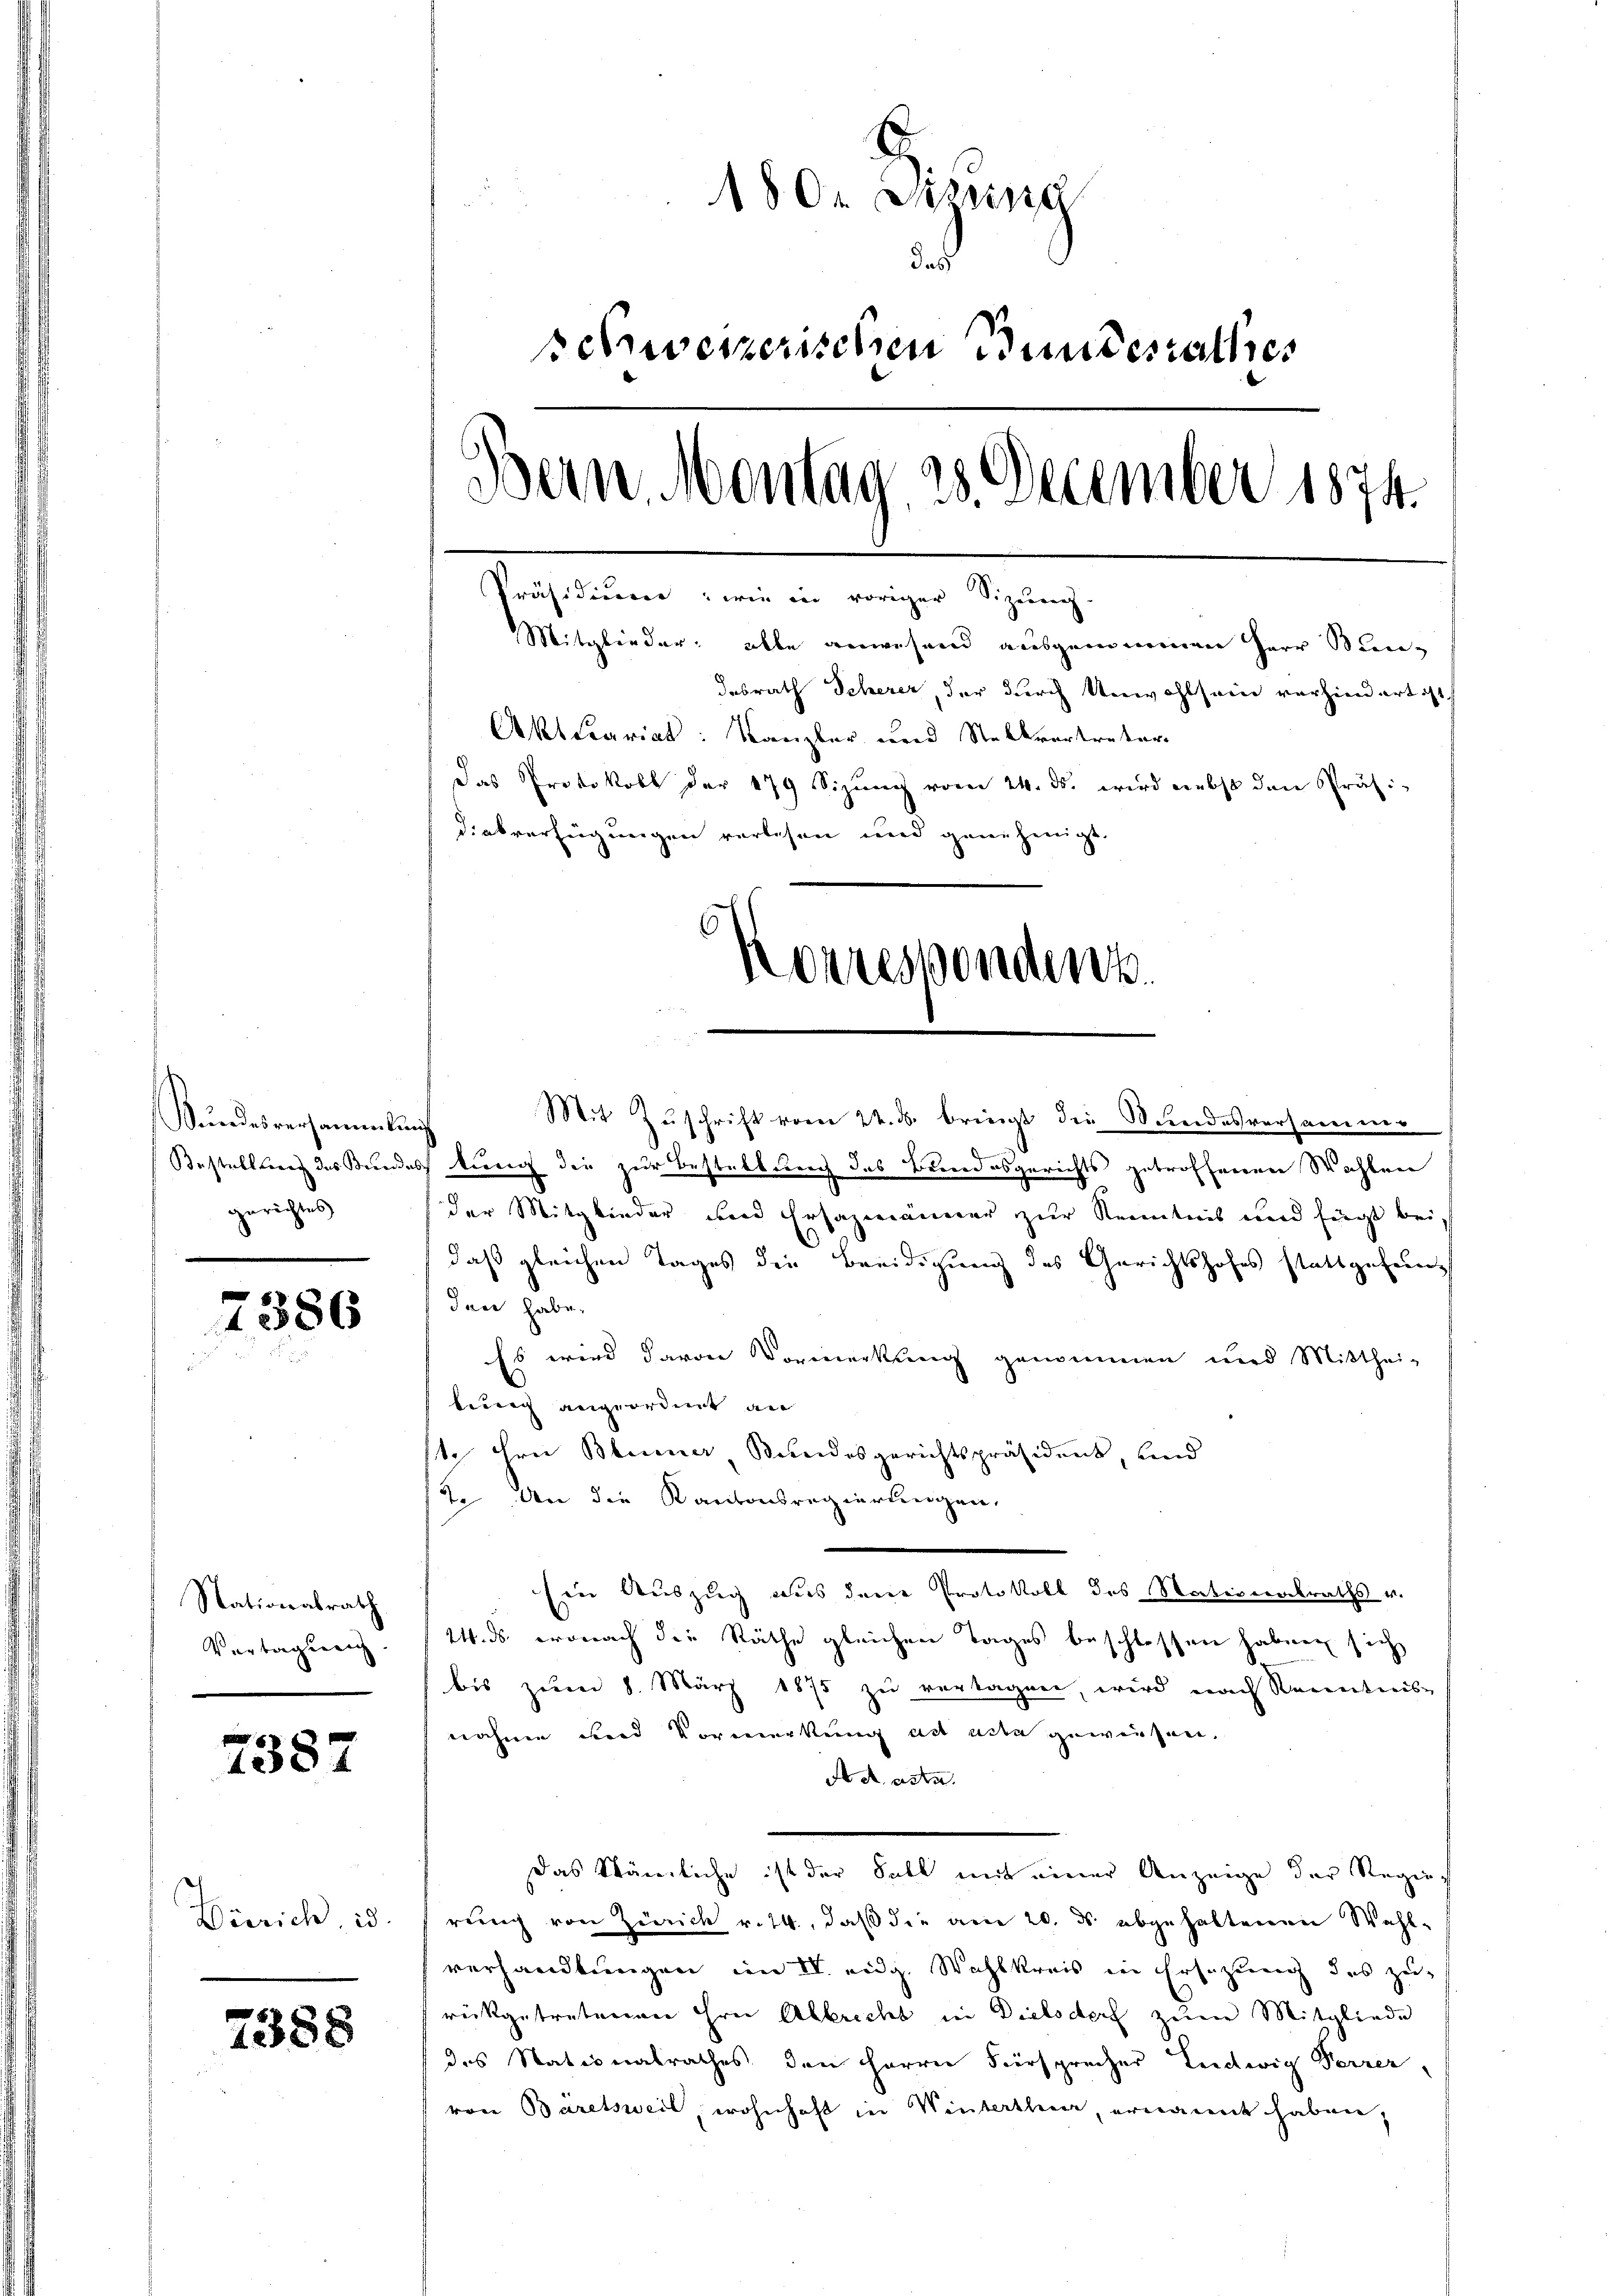
Sundesversammlung
gerichtes

7386

Nationalrath
Vertagseig

2387

Dörrich id.

7388

180. Diezing
das
schweizerischen Bundesrathes
Bern Montag 23. December 1874.
Präsidium: wie in voriger Sizung.
Mitglieder: alle anwesend ausgemeinen Herr Stundesrath Scherer, der durch Unwohlsein vorhindert ist
Akttariat: Kanzler und Stellvertreter
das Protokoll der 479 Sizŭng vom 24. ds. wird nebst den Präs.
dialverfügungen verlesen und genehmigt.
Korresponders

Mit Zuschrift vom 22. ds. bringt die Wundesversammen
Bestellung des Bundes kurig die zur Bestellung des Bundesgerichts getroffenen Wahlen
der Mitglieder und Ersazmänner zur Kenntnis und fügt bei.
daß gleichen Tages die Beeidigung des Gerichtshofes stattgefein
den habe.
Es wird davon Vormerkung genommen und Mitthei-
lung angeordnet an
1. Hrn. Bleiner Stundesgerichtspräsident, und
2. An die Kantonsregierungen,
Ein Auszug aus den Protokoll des Stationalraths u.
2. ds. wonach die Räthe gleichen Tages beschlossen haben sich
bis zum 8. März 1875 zu vertagen, wird nach kanntnis-
nohme und Vormerkung ad acte gewiesen,
A A asta
Das Stämliche ist der Fall mit einer Anzeige der Regier
ruung von Zürich v. 14, daß die am 20. ds. abgehaltenen Wahlverhandlungen im IV. eidg. Wahlkreis in Ersezung des zu-
rückgetretenen ihre Abbricht in Dielsdorf zum Mitgliede
des Stationalrathes den Herren Fürsprecher Ludwig Ferrer,
von Baretsweil, wohnhaft in Winterthur, ernannt haben,